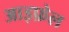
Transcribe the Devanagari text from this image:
आइफ़ेल